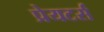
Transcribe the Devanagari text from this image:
प्रेयटर्स